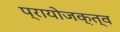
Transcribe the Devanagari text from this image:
प्रायोजक्त्व